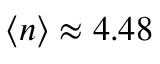
\langle n \rangle \approx 4 . 4 8